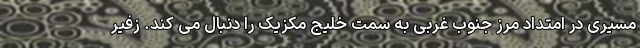
مسیری در امتداد مرز جنوب غربی به سمت خلیج مکزیک را دنبال می کند. زفیر